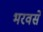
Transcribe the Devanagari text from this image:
भरवसे